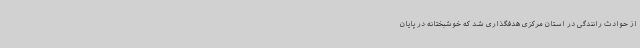
از حوادث رانندگی در استان مرکزی هدفگذاری شد که خوشبختانه در پایان